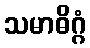
သမာဓိဂ္ဂံ